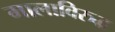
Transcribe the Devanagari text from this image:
मालाविरुद्ध